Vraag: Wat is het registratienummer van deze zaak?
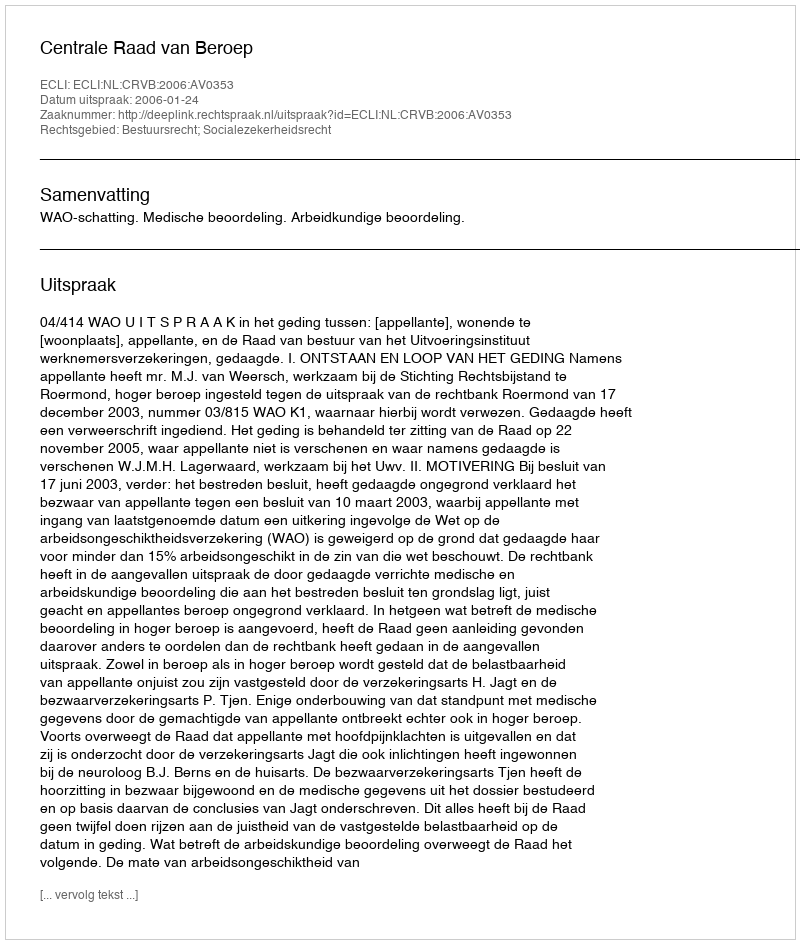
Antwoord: http://deeplink.rechtspraak.nl/uitspraak?id=ECLI:NL:CRVB:2006:AV0353